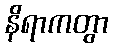
နိရာကတွာ